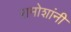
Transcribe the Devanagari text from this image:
रामोशांनी